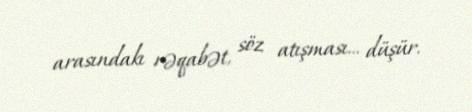
arasındakı rəqabət, söz atışması... düşür.